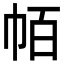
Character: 帞